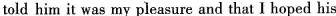
told him it was my pleasure and that I hoped his